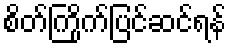
စိတ်ကြိုက်ပြင်ဆင်ရန်